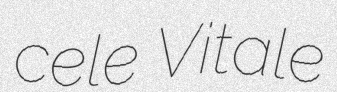
cele Vitale